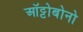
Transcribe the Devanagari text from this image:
ऑट्टोबोनो